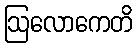
ဩလောကေတိ